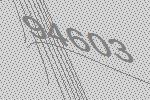
94603